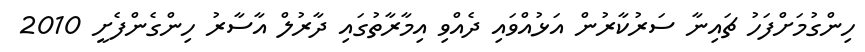
ހިންގުމަށްފަހު ޗައިނާ ސަރުކާރުން އަޅުއްވައި ދެއްވި އިމާރާތުގައި ދާރުލް އާސާރު ހިންގެންފެށީ 2010